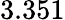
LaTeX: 3.351